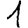
Digit: 1